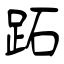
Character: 跖